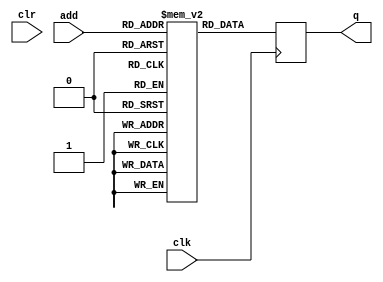
`timescale 1ns / 1ps
// Modulo rom de 8 direcciones con memoria de N bits
//WIDTH_DATA=8, WIDTH_COEF0=8, N_TAPS=16,LOG2 N_TAPS=4, WIDTH_MAC_OUT=8.
module rom8 #(parameter WIDTH_COEF0=8, parameter N_TAPS = 16)(input clk, clr,
                               input [$clog2(N_TAPS/2)-1:0] add,
                               output reg [WIDTH_COEF0-1:0] q
    );

  //creo el registro de N bits para almacenar 8 direcciones
  reg [WIDTH_COEF0-1:0] rom [(N_TAPS/2)-1:0];
  
  //logica secuancial
  always @(posedge clk) 
    begin
    q <= rom[add];
    end
  
  //logica combinacional
 /* always @(posedge clr)
    begin 
      rom[0] = 0; 
      rom[1] = 0;
      rom[2] = 0;
      rom[3] = 0;
      rom[4] = 0; 
      rom[5] = 0;
      rom[6] = 0;
      rom[7] = 0;
    end */
  
  


  //Inicializacion de la memoria con valores arbitrarios
  initial begin
  //$memreadb
 // $readmemb("rom.mem", rom);
    rom[0] = 1; 
    rom[1] = 2;
    rom[2] = 3;
    rom[3] = 4;
    rom[4] = 5; 
    rom[5] = 6;
    rom[6] = 7;
    rom[7] = 8;
  end
  
  
  
endmodule